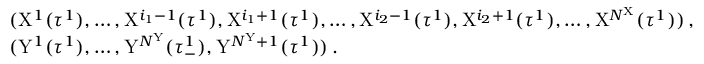
\begin{array} { r l } & { ( \mathrm { X } ^ { 1 } ( \tau ^ { 1 } ) , \dots , \mathrm { X } ^ { i _ { 1 } - 1 } ( \tau ^ { 1 } ) , \mathrm { X } ^ { i _ { 1 } + 1 } ( \tau ^ { 1 } ) , \dots , \mathrm { X } ^ { i _ { 2 } - 1 } ( \tau ^ { 1 } ) , \mathrm { X } ^ { i _ { 2 } + 1 } ( \tau ^ { 1 } ) , \dots , \mathrm { X } ^ { N ^ { \mathrm { X } } } ( \tau ^ { 1 } ) ) \, , } \\ & { ( \mathrm { Y } ^ { 1 } ( \tau ^ { 1 } ) , \dots , \mathrm { Y } ^ { N ^ { \mathrm { Y } } } ( \tau _ { - } ^ { 1 } ) , \mathrm { Y } ^ { N ^ { \mathrm { Y } } + 1 } ( \tau ^ { 1 } ) ) \, . } \end{array}